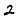
Digit: 2